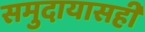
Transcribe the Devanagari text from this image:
समुदायासही